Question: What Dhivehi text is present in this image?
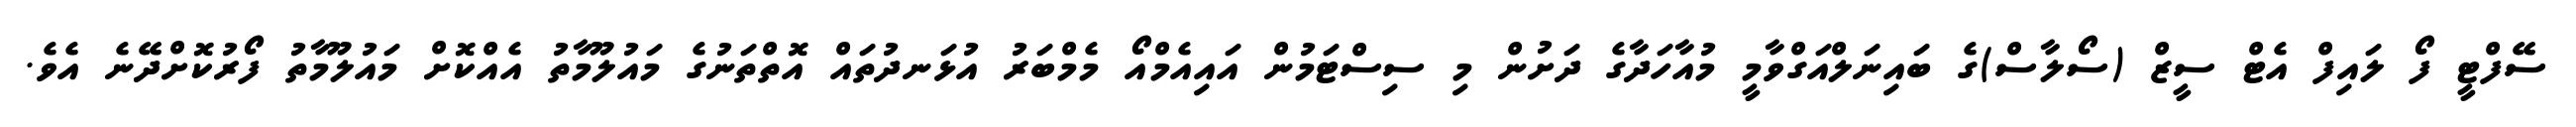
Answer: ސޭފްޓީ ފޯ ލައިފް އެޓް ސީޒް (ސޯލާސް)ގެ ބައިނަލްއަގްވާމީ މުއާހަދާގެ ދަށުން މި ސިސްޓަމުން އައިއެމްއޯ މެމްބަރު އުޅަނދުތައް އޮތްތަނުގެ މައުލޫމާތު އެއްކޮށް މައުލޫމާތު ފޯރުކޮށްދޭނެ އެވެ.